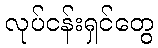
လုပ်ငန်းရှင်တွေ